Reports on military cantonments and civil stations in the Presidency of Bombay inspected by the Sanitary Commissioner in the years 1875 and 1876
Year: 1875
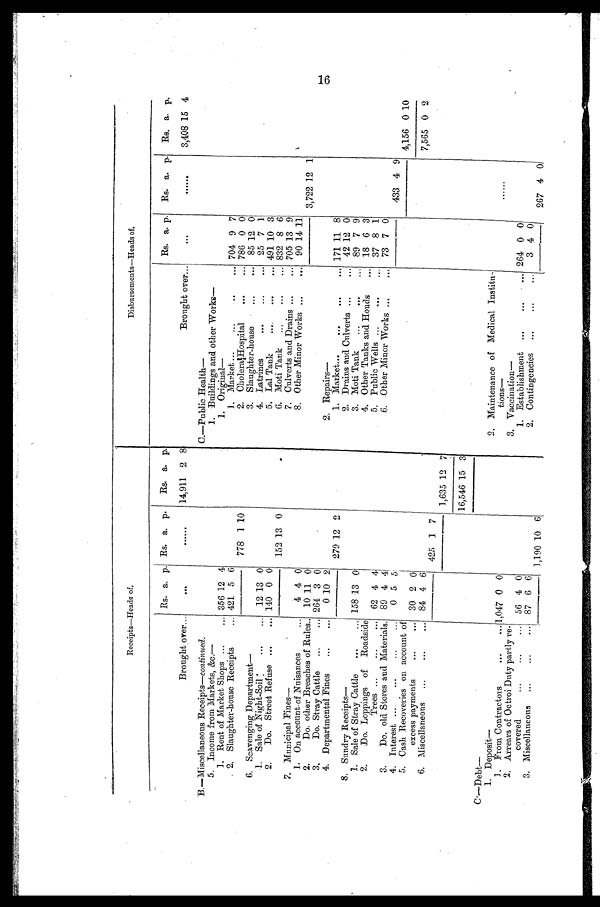
Receipts—Heads of,
Disbursements—Heads of.
Rs. a. p. Rs. a. p.
Rs. a. p.
Rs. a. p. Rs. a. p. Rs. a. p.
Brought over...
...
..
14,911 2 8
Brought over...
. . .
...
3,408 15 4
B.—Miscellaneous Receipts— continued.
C.—Public Health
—
5. Income from Markets, &c.—
1. Buildings and other Works—
1. Rent of Market Shops
356 12 4
1. Original
—
.2. Slaughter-house Receipts
421 5 6
1. Market
704 9 7
778 1 10
2. Cholera Hospital
786 0 0
6, Scavenging Department—
3. Slaughter-house
85 12 0
1. Sale of Night-Soil. 12 13 0
4. Latrines
25 7 1
.
2. Do. Street Refuse
140 0 0
5. Lal Tank
491 10 3
15.2 13 0
..
6. Moti Tank
832 8 6
7. Municipal Fines—
7. Culverts and Drains
705 13 9
1. On account of Nuisances
4 4 0
.
8. Other Minor Works
90 14 11
2. Do. other Breaches of Rules
10 11 0
3,722 12 1
3, Do. Stray Cattle . 264 3 0
4. Departmental Fines
0 10 2
2. Repairs
—
279 12 2
1 Market...
171 11 8
8. Sundry Receipts—
2. Drains and Culverts
42 12 0
1. Sale of Stray Cattle
158 13 0
3. Moti Tank
89 7 9
2. Do. Loppings of Roadside
4. Other Tanks and Houds
1 8 6 3
Trees
62 4 4
5. Public Wells
37 8 1
3. Do. old Stores and Materials. 89 4 41
.6. Other Minor Works. 73 7 0
4. Interest
0 5 5
433 4 9
5. Cash Recoveries on account of
4,156 0 10
excess payments
30 2 0
.
6. Miscellaneous
84 4 6
7,565 0 2
425
1 7
1,635 12 7
16,546 15
3
C.—Debt
—
1 . D e p o s i t —
2. Maintenance of Medical Install-
]. From Contractors
...
... 1,047 0 0
tions-
......
2. Arrears of Octroi Duty partly re-
3. Vaccination-
covered
...
...
... 56 4 0
1. Establishment
264 0 0
3. Miscellaneous
87 6 6
2. Contingencies
3 4 0
1,190 10 6
267 4 0,
16